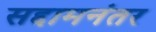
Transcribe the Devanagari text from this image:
सद्दामनंतर